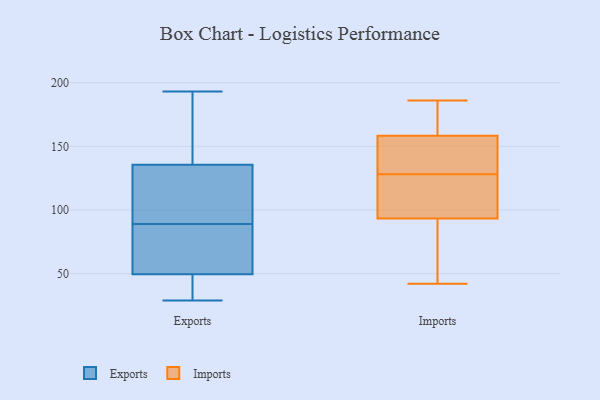
{"axis": {"x": "Active Users", "y": "Value"}, "legend": ["Exports", "Imports"], "data": [{"x": "", "y": 29, "type": "Exports"}, {"x": "", "y": 112, "type": "Exports"}, {"x": "", "y": 34, "type": "Exports"}, {"x": "", "y": 137, "type": "Exports"}, {"x": "", "y": 135, "type": "Exports"}, {"x": "", "y": 89, "type": "Exports"}, {"x": "", "y": 193, "type": "Exports"}, {"x": "", "y": 39, "type": "Exports"}, {"x": "", "y": 74, "type": "Exports"}, {"x": "", "y": 64, "type": "Exports"}, {"x": "", "y": 53, "type": "Exports"}, {"x": "", "y": 180, "type": "Exports"}, {"x": "", "y": 105, "type": "Exports"}, {"x": "", "y": 86, "type": "Imports"}, {"x": "", "y": 95, "type": "Imports"}, {"x": "", "y": 110, "type": "Imports"}, {"x": "", "y": 88, "type": "Imports"}, {"x": "", "y": 153, "type": "Imports"}, {"x": "", "y": 128, "type": "Imports"}, {"x": "", "y": 186, "type": "Imports"}, {"x": "", "y": 136, "type": "Imports"}, {"x": "", "y": 140, "type": "Imports"}, {"x": "", "y": 97, "type": "Imports"}, {"x": "", "y": 157, "type": "Imports"}, {"x": "", "y": 162, "type": "Imports"}, {"x": "", "y": 112, "type": "Imports"}, {"x": "", "y": 167, "type": "Imports"}, {"x": "", "y": 42, "type": "Imports"}, {"x": "", "y": 45, "type": "Imports"}, {"x": "", "y": 178, "type": "Imports"}]}